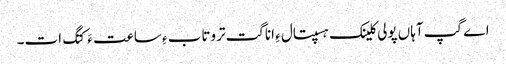
اے گپ آہاں پولی کلینک ہسپتال ءِ اناگت تروتاب ءِ ساعت ءَ کتگ ات۔